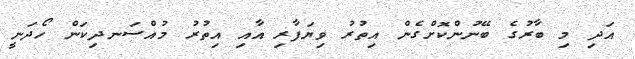
އަދި މި ބާރުގެ ބޭނުންކޮށްގެން އިތުރު ވިޔަފާރި އާއި އިތުރު މުއްސަނދިކަން ހޯދަނީ